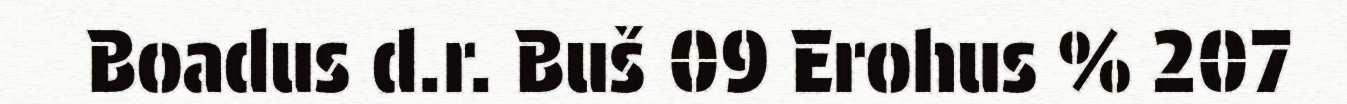
Boadus d.r. Buš 09 Erohus % 207